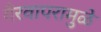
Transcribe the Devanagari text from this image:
गैरवापरामुळे